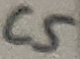
Text: C5